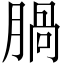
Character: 腡